Jaan_Tonisson_(Lasteleht), lk 76
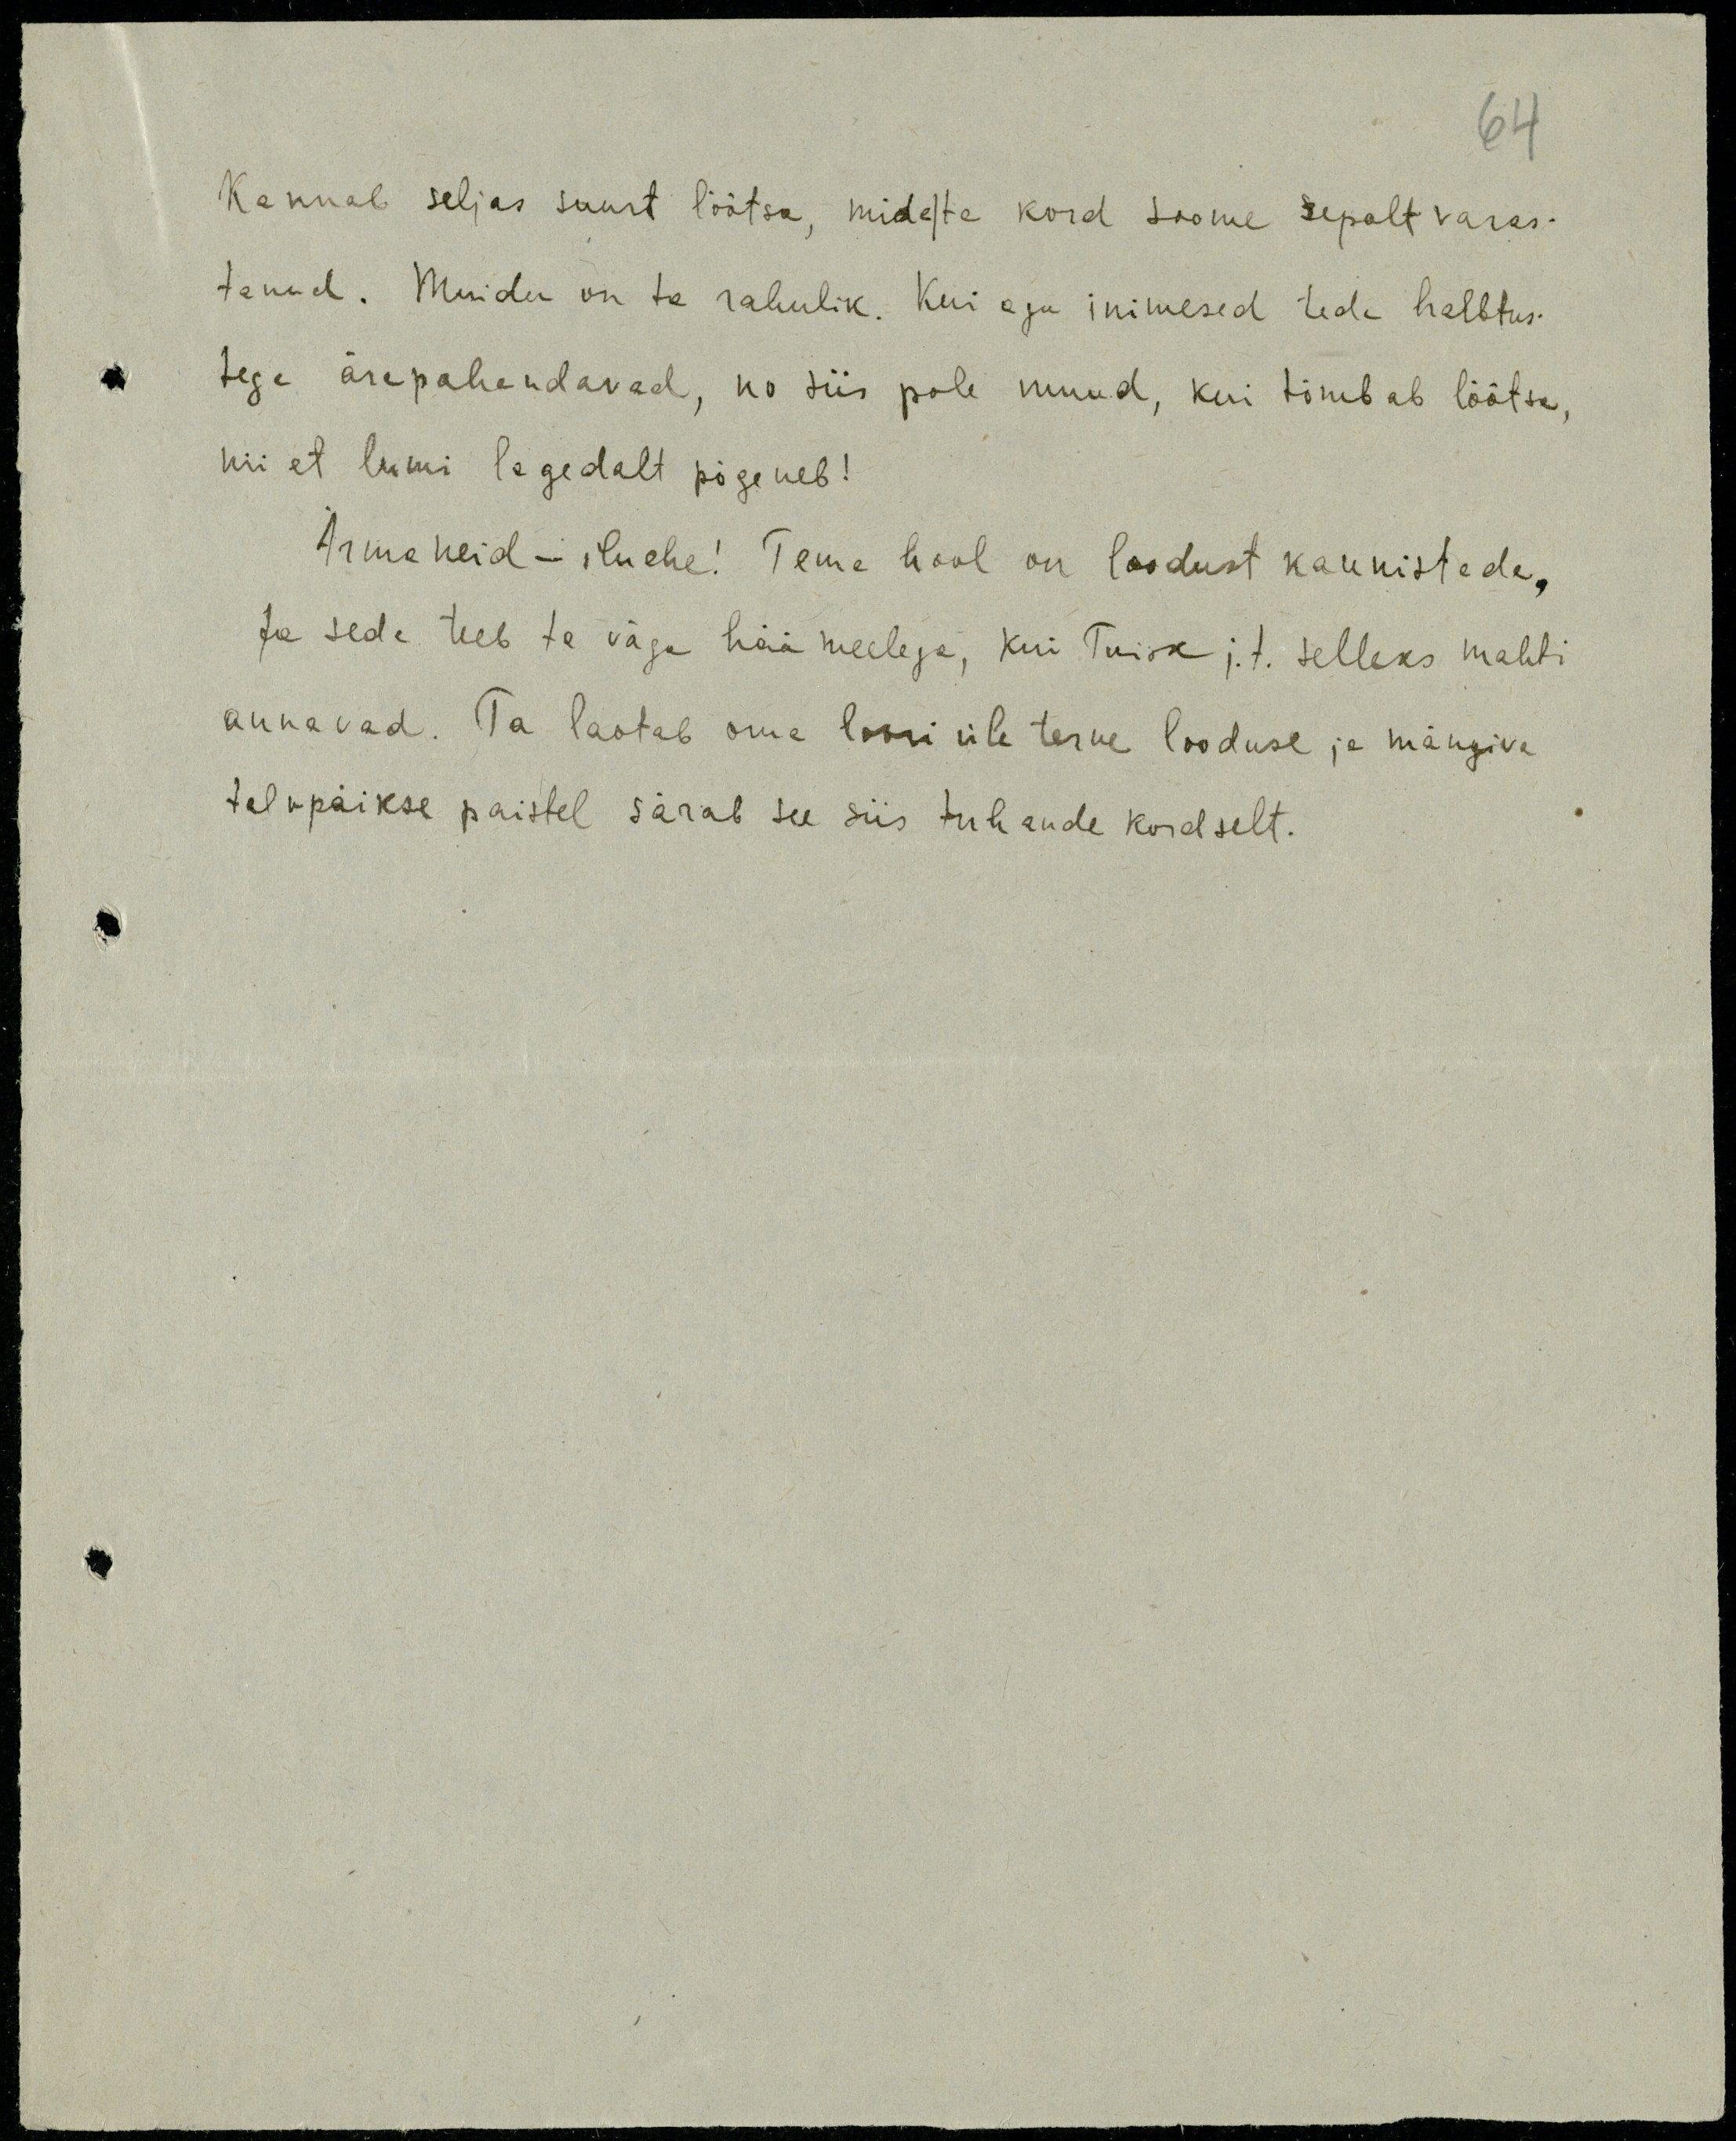
64
Kannab seljas suurt lõõtsa, mida|ta kord Soome sepalt varas-
tanud. Muidu on ta rahulik. Kui aga inimesed teda halbtus-
tega ärapahandavad, no siis pole muud, kui tõmbab lõõtsa,
nii et lumi legedalt põgeneb!
Arme neid - , iluehe! Teme hool on loodust kaunistada,
Ja seda teeb te väga hää meelega, kui Tuisk j.t. selleks mahti
annavad. Ta laotab oma lumi üle terve looduse ja mängiva
talvpäikse paistel särab see siis tuhande kordselt.